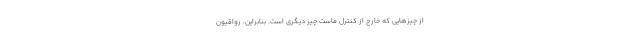
از چیزهایی که خارج از کنترل ماست چیز دیگری است. بنابراین، رواقیون